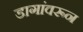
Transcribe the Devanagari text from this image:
डागांवरून